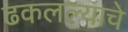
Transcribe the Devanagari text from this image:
ढकलल्याचे